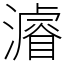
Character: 𤀹